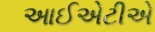
આઈએટીએ